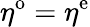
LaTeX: \eta^{\mathrm{o}}=\eta^{\mathrm{e}}